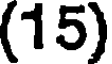
(15)